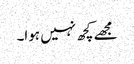
مجھے کچھ نہیں ہوا۔